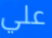
علي